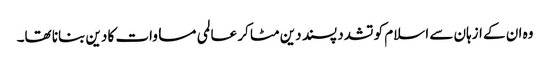
وہ ان کے ازہان سے اسلام کو تشدد پسند دین مٹا کر عالمی مساوات کا دین بنانا تھا۔